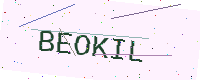
Text: BEOKIL